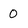
Character: 0